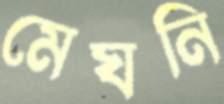
মেঘনি